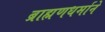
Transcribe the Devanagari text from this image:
ब्राह्मणधर्माने